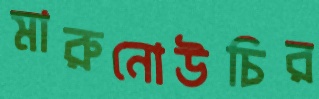
মারুনোউচির